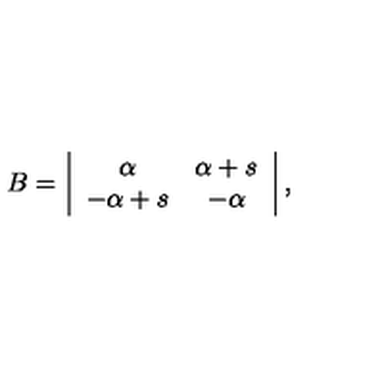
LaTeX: B = \left| \begin{array} { c c } { \alpha } & { \alpha + s } \\ { - \alpha + s } & { - \alpha } \\ \end{array} \right| ,